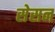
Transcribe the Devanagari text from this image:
सेसन